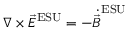
\nabla \times { \vec { E } } ^ { \mathrm { E S U } } = - { \dot { \vec { B } } } ^ { \mathrm { E S U } }